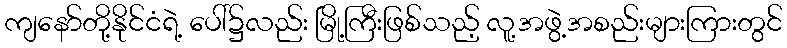
ကျနော်တို့နိုင်ငံရဲ့ ပေါ်၌လည်း မြို့ကြီးဖြစ်သည့် လူ့အဖွဲ့အစည်းများကြားတွင်